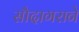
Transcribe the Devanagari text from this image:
सौदागराने